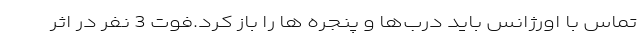
تماس با اورژانس باید درب‌ها و پنجره ها را باز کرد.فوت 3 نفر در اثر